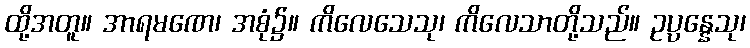
ထို့အတူ။ အာရမဏေ၊ အစုံ၌။ ကိလေသေသု၊ ကိလေသာတို့သည်။ ဥပ္ပန္နေသု၊